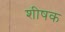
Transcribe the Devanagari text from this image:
शीषक